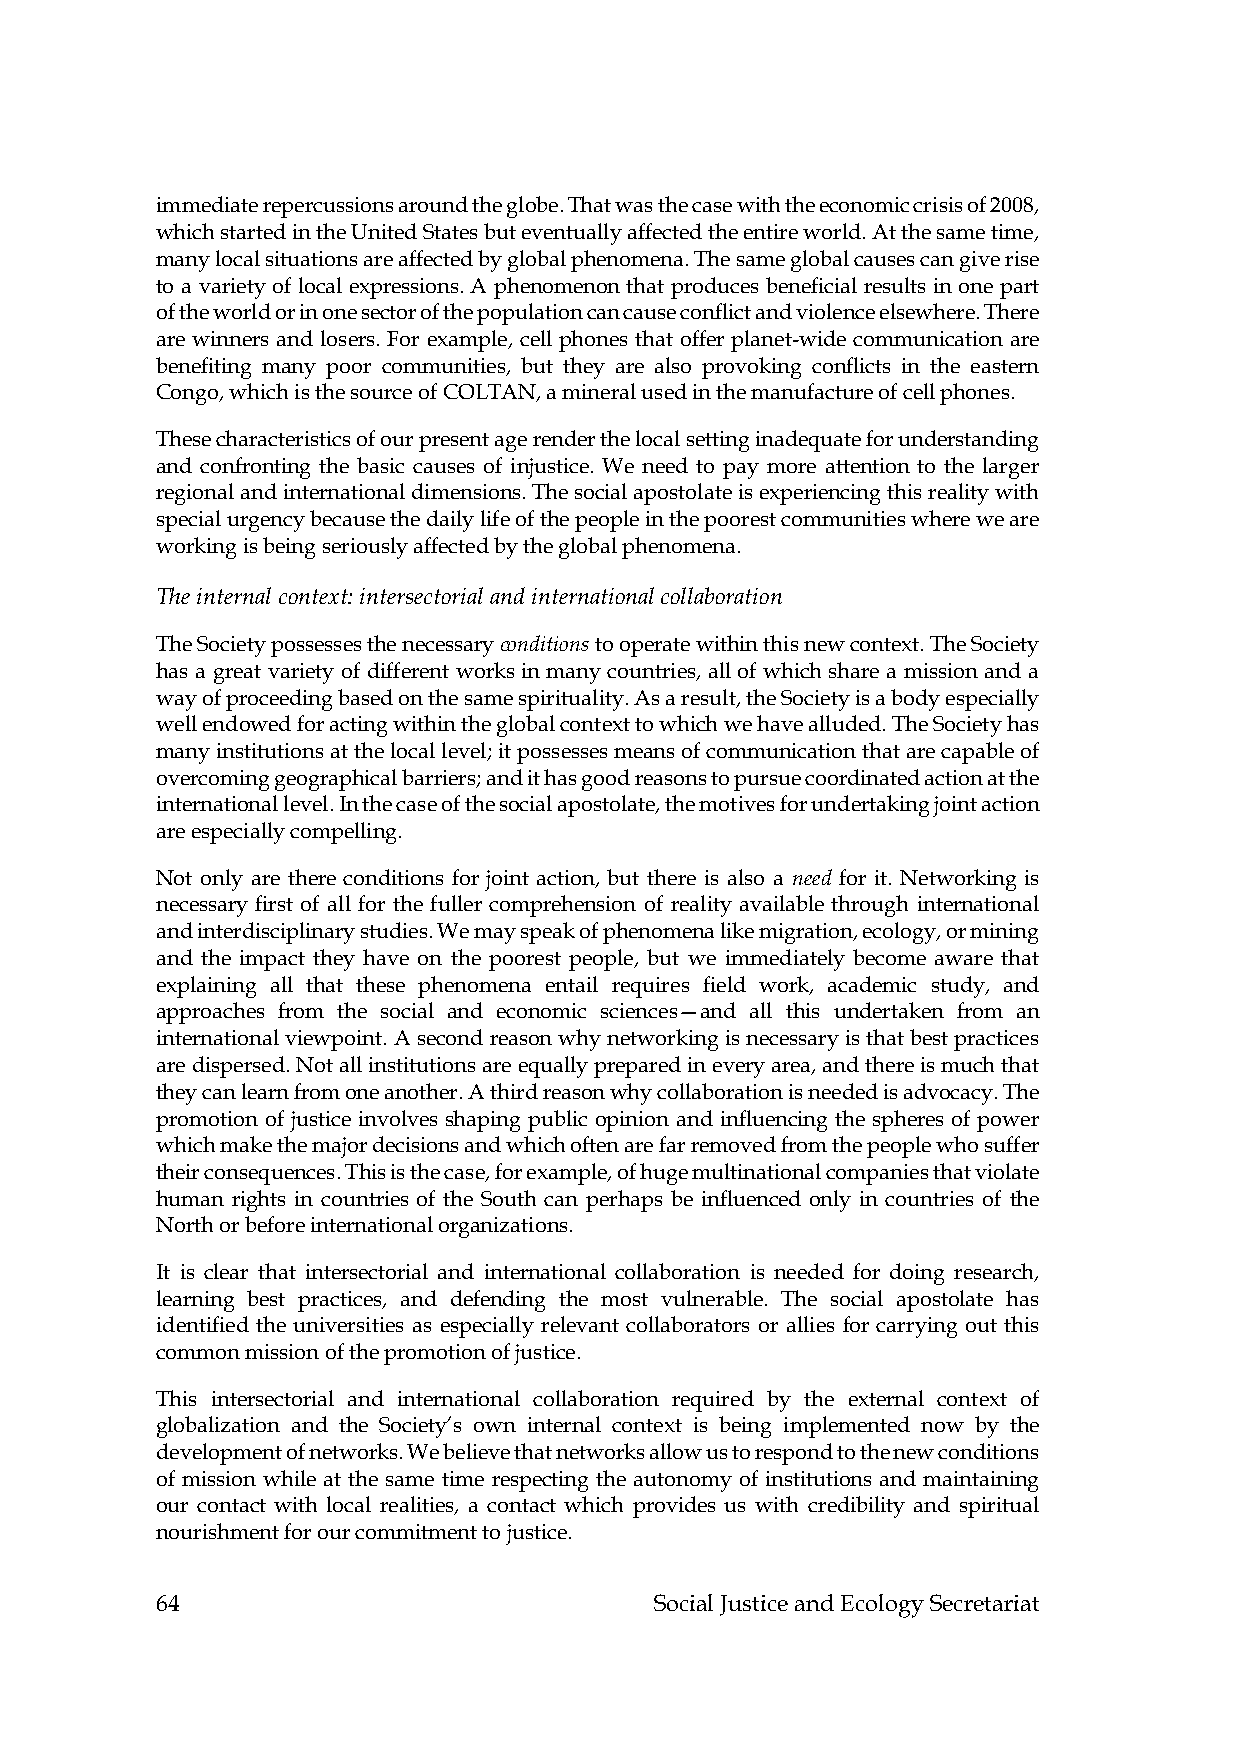
immediate repercussions around the globe. That was the case with the economic crisis of 2008,
 which started in the United States but eventually affected the entire world. At the same time,
 many local situations are affected by global phenomena. The same global causes can give rise
 to a variety of local expressions. A phenomenon that produces beneficial results in one part
 of the world or in one sector of the population can cause conflict and violence elsewhere. There
 are winners and losers. For example, cell phones that offer planet-wide communication are
 benefiting many poor communities, but they are also provoking conflicts in the eastern
 Congo, which is the source of COLTAN, a mineral used in the manufacture of cell phones.
 These characteristics of our present age render the local setting inadequate for understanding
 and confronting the basic causes of injustice. We need to pay more attention to the larger
 regional and international dimensions. The social apostolate is experiencing this reality with
 special urgency because the daily life of the people in the poorest communities where we are
 working is being seriously affected by the global phenomena.
 The internal context: intersectorial and international collaboration
 The Society possesses the necessary conditions to operate within this new context. The Society
 has a great variety of different works in many countries, all of which share a mission and a
 way of proceeding based on the same spirituality. As a result, the Society is a body especially
 well endowed for acting within the global context to which we have alluded. The Society has
 many institutions at the local level; it possesses means of communication that are capable of
 overcoming geographical barriers; and it has good reasons to pursue coordinated action at the
 international level. In the case of the social apostolate, the motives for undertaking joint action
 are especially compelling.
 Not only are there conditions for joint action, but there is also a need for it. Networking is
 necessary first of all for the fuller comprehension of reality available through international
 and interdisciplinary studies. We may speak of phenomena like migration, ecology, or mining
 and the impact they have on the poorest people, but we immediately become aware that
 explaining all that these phenomena entail requires field work, academic study, and
 approaches from the social and economic sciences—and all this undertaken from an
 international viewpoint. A second reason why networking is necessary is that best practices
 are dispersed. Not all institutions are equally prepared in every area, and there is much that
 they can learn from one another. A third reason why collaboration is needed is advocacy. The
 promotion of justice involves shaping public opinion and influencing the spheres of power
 which make the major decisions and which often are far removed from the people who suffer
 their consequences. This is the case, for example, of huge multinational companies that violate
 human rights in countries of the South can perhaps be influenced only in countries of the
 North or before international organizations.
 It is clear that intersectorial and international collaboration is needed for doing research,
 learning best practices, and defending the most vulnerable. The social apostolate has
 identified the universities as especially relevant collaborators or allies for carrying out this
 common mission of the promotion of justice.
 This intersectorial and international collaboration required by the external context of
 globalization and the Society’s own internal context is being implemented now by the
 development of networks. We believe that networks allow us to respond to the new conditions
 of mission while at the same time respecting the autonomy of institutions and maintaining
 our contact with local realities, a contact which provides us with credibility and spiritual
 nourishment for our commitment to justice.
 64                               Social Justice and Ecology Secretariat